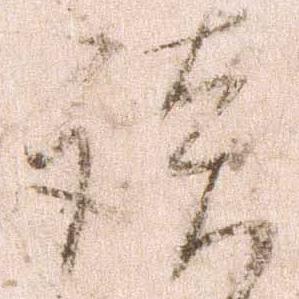
談